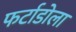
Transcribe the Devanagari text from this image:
फर्टाडोला